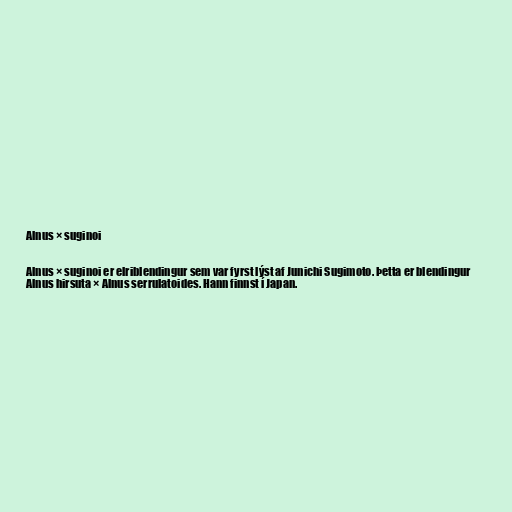
Alnus × suginoi

Alnus × suginoi er elriblendingur sem var fyrst lýst af Junichi Sugimoto. Þetta er blendingur
Alnus hirsuta × Alnus serrulatoides. Hann finnst í Japan.